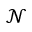
\mathcal { N }